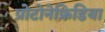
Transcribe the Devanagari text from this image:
प्रोटोनेफ्रिडिया